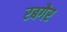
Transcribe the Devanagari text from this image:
रबगैर